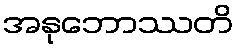
အနုဘောဿတိ